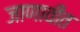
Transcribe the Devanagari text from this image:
जाणावीत